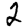
Digit: 2